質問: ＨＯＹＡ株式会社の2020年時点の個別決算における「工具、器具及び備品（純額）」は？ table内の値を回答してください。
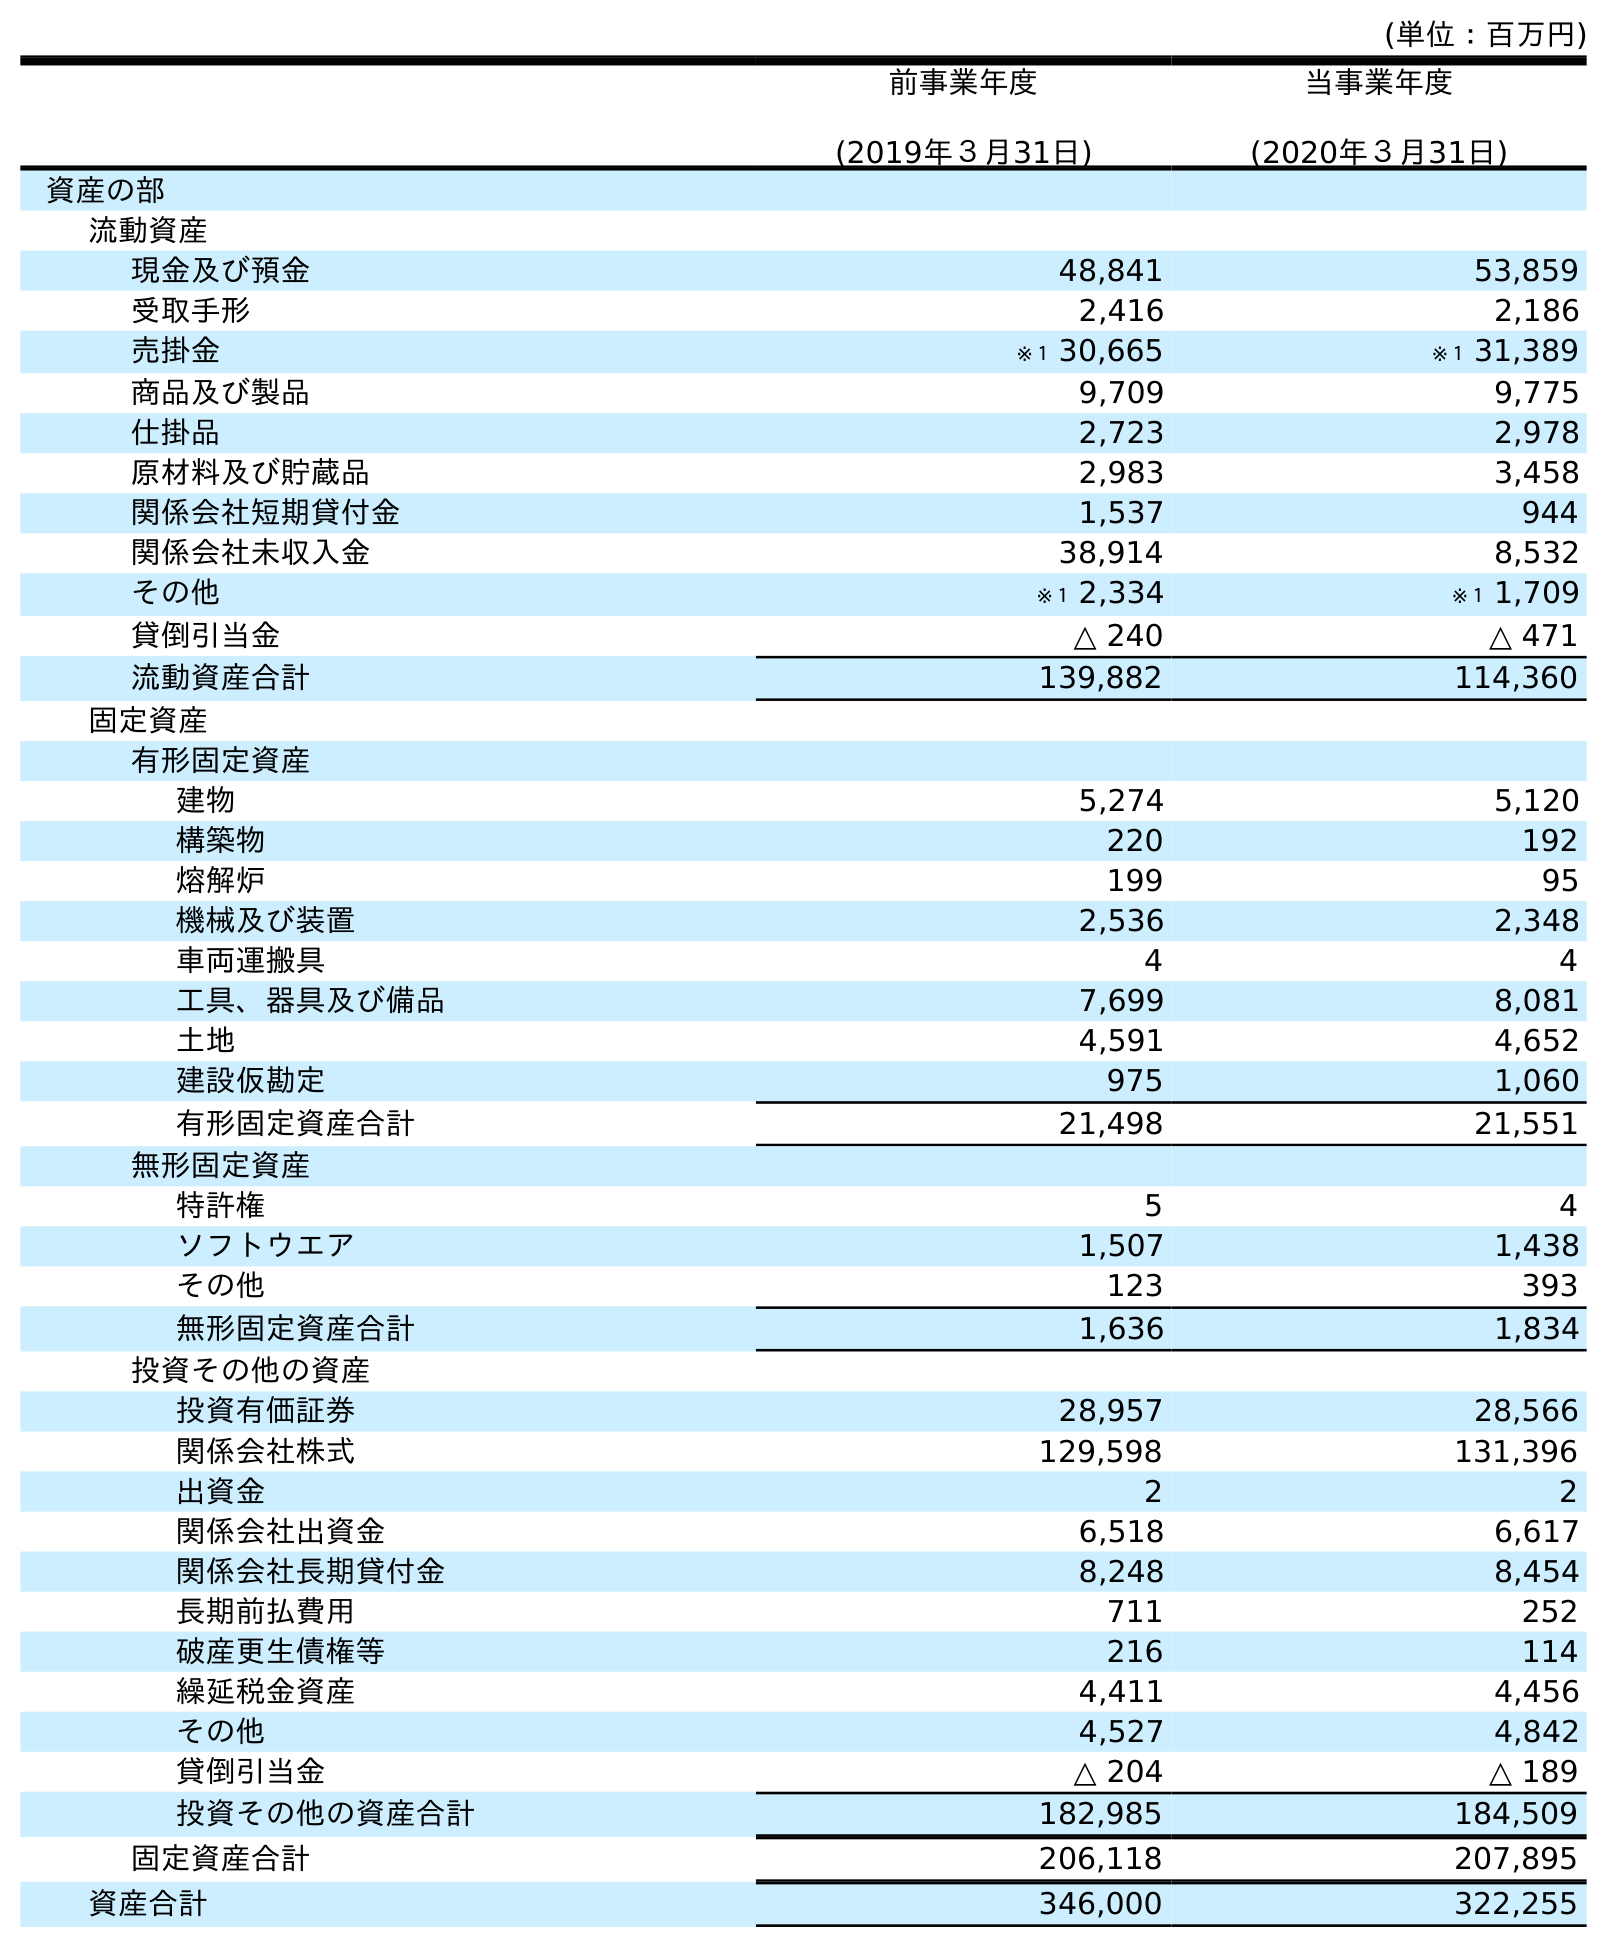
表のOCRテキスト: (単位：百万円) 前事業年度 (2019年３月31日) 当事業年度 (2020年３月31日) 資産の部 流動資産 現金及び預金 48,841 53,859 受取手形 2,416 2,186 売掛金 ※１ 30,665 ※１ 31,389 商品及び製品 9,709 9,775 仕掛品 2,723 2,978 原材料及び貯蔵品 2,983 3,458 関係会社短期貸付金 1,537 944 関係会社未収入金 38,914 8,532 その他 ※１ 2,334 ※１ 1,709 貸倒引当金 △ 240 △ 471 流動資産合計 139,882 114,360 固定資産 有形固定資産 建物 5,274 5,120 構築物 220 192 熔解炉 199 95 機械及び装置 2,536 2,348 車両運搬具 4 4 工具、器具及び備品 7,699 8,081 土地 4,591 4,652 建設仮勘定 975 1,060 有形固定資産合計 21,498 21,551 無形固定資産 特許権 5 4 ソフトウエア 1,507 1,438 その他 123 393 無形固定資産合計 1,636 1,834 投資その他の資産 投資有価証券 28,957 28,566 関係会社株式 129,598 131,396 出資金 2 2 関係会社出資金 6,518 6,617 関係会社長期貸付金 8,248 8,454 長期前払費用 711 252 破産更生債権等 216 114 繰延税金資産 4,411 4,456 その他 4,527 4,842 貸倒引当金 △ 204 △ 189 投資その他の資産合計 182,985 184,509 固定資産合計 206,118 207,895 資産合計 346,000 322,255
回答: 8,081